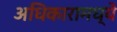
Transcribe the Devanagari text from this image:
अधिकारामध्ये